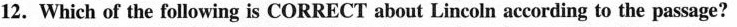
12. Which of the following is CORRECT about Lincoln according to the passage?